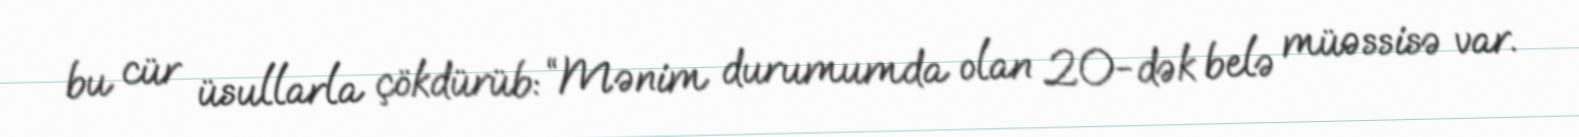
bu cür üsullarla çökdürüb: “Mənim durumumda olan 20-dək belə müəssisə var.